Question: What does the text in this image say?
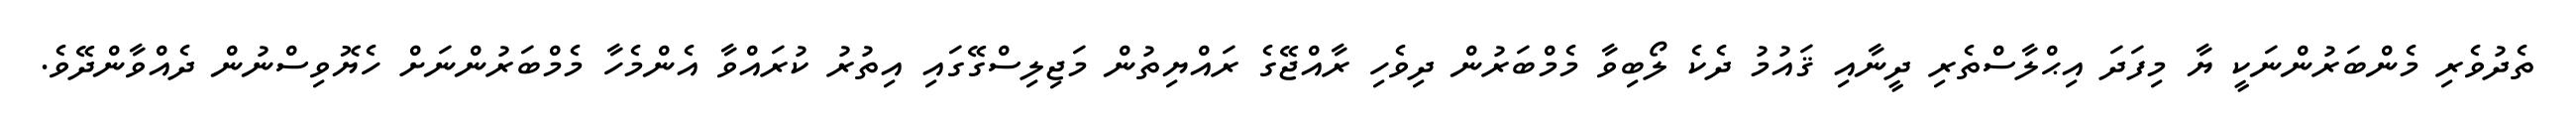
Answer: ތެދުވެރި މެންބަރުންނަކީ ޔާ މިފަދަ އިޙްލާސްތެރި ދީނާއި ޤައުމު ދެކެ ލޯބިވާ މެމްބަރުން ދިވެހި ރާއްޖޭގެ ރައްޔިތުން މަޖިލިސްގޭގައި އިތުރު ކުރައްވާ އެންމެހާ މެމްބަރުންނަށް ހެޔޮވިސްނުން ދެއްވާންދޭވެ.